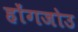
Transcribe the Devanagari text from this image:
होंगजोउ